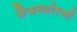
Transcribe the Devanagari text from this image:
नैचगदोरजी